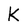
Character: K